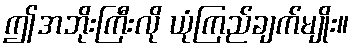
ဤအဘိုးကြီးလို ယုံကြည်ချက်မျိုး။